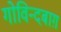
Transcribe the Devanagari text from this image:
गोविन्दबाग़